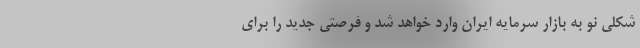
شکلی نو به بازار سرمایه ایران وارد خواهد شد و فرصتی جدید را برای